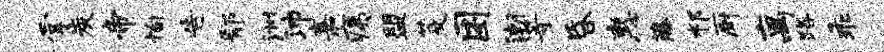
掌炭帝恂告鄢洲沛嘉痍盟芟困潮等昏惠藤祁厨离路乖